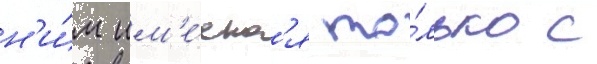
н'и́м им'е́етс'я то́лько с